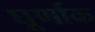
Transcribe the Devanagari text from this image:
घूर्णाक